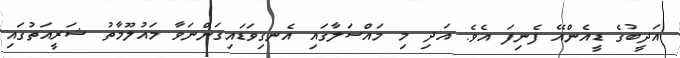
އަދީބުގެ ޑީއެންއޭ ފެނިފަ އެވެ. އަދި މި މައްސަލާގައި އެނގިވަޑައިގަންނަވާ މައުލޫމާތު ޝަރީއަތުގައި